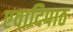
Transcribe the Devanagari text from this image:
एवादिपाठ